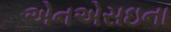
એનએસઇના